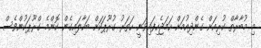
މި މުބާރާތް ކުރިއަށް ގެންދިއުމަށް ހަމަޖެހިފައިވަނީ ހަތަރު ގުރޫޕަކަށް ބަހާލައިގެން ކޮންމެ ގްރޫޕަކުންވެސް